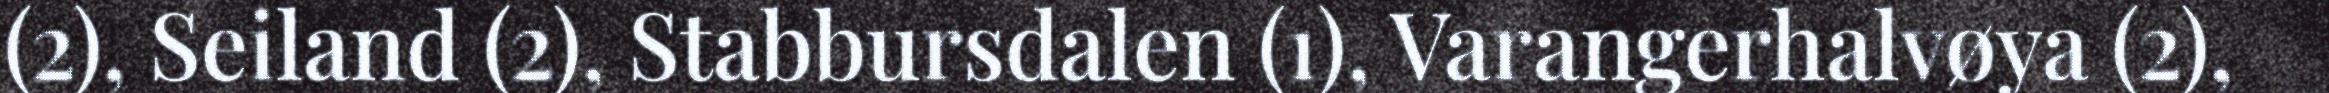
(2), Seiland (2), Stabbursdalen (1), Varangerhalvøya (2),